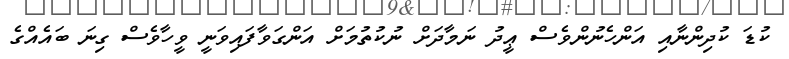
ކުޑަ ކުދިންނާއި އަންހެނުންވެސް ޢީދު ނަމާދަށް ނުކުތުމަށް އަންގަވާފައިވަނީ ވީހާވެސް ގިނަ ބައެއްގެ